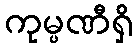
ကုမ္ပဏီရှိ